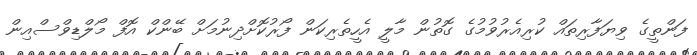
ފަންތީގެ ވިޔަފާރިތައް ކުރިއެރުވުމުގެ ގޮތުން މާލީ އެހީތެރިކަން ފޯރުކޮށްދިނުމަށް ބޭންކް އޮފް މޯލްޑިވްސްއިން